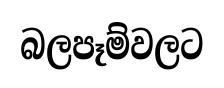
බලපෑම්වලට